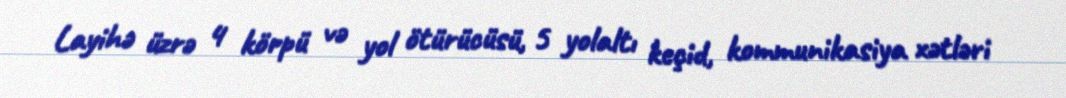
Layihə üzrə 4 körpü və yol ötürücüsü, 5 yolaltı keçid, kommunikasiya xətləri